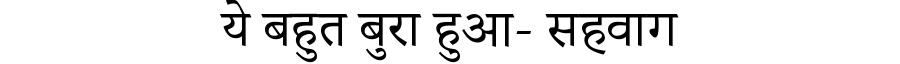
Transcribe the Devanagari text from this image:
ये बहुत बुरा हुआ- सहवाग